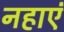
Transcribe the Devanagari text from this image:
नहाएं